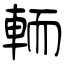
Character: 輀